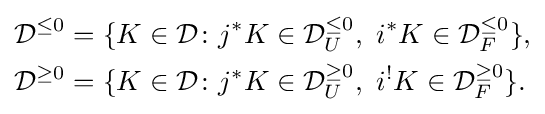
{\begin{aligned}{\mathcal {D}}^{\leq 0}&=\{K\in {\mathcal {D}}\colon j^{*}K\in {\mathcal {D}}_{U}^{\leq 0},\ i^{*}K\in {\mathcal {D}}_{F}^{\leq 0}\},\\{\mathcal {D}}^{\geq 0}&=\{K\in {\mathcal {D}}\colon j^{*}K\in {\mathcal {D}}_{U}^{\geq 0},\ i^{!}K\in {\mathcal {D}}_{F}^{\geq 0}\}.\end{aligned}}